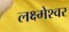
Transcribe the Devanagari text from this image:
लक्ष्मेश्‍वर